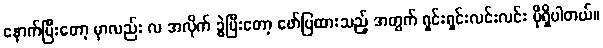
နောက်ပြီးတော့ မှာလည်း လ အလိုက် ခွဲပြီးတော့ ဖော်ပြထားသည့် အတွက် ရှင်းရှင်းလင်းလင်း ပိုရှိပါတယ်။